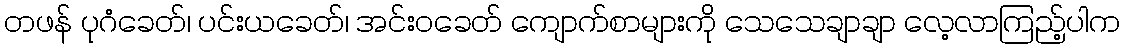
တဖန် ပုဂံခေတ်၊ ပင်းယခေတ်၊ အင်းဝခေတ် ကျောက်စာများကို သေသေချာချာ လေ့လာကြည့်ပါက